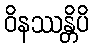
ဝိနဿန္တိပိ